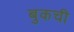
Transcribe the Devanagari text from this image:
बुकची